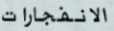
الانفجارات